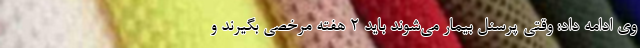
وی ادامه داد: وقتی پرسنل بیمار می‌شوند باید ۲ هفته مرخصی بگیرند و